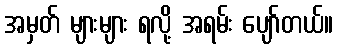
အမှတ် များများ ရလို့ အရမ်း ပျော်တယ်။